Indian journal of veterinary science and animal husbandry - Volume 4,
Year: 1934
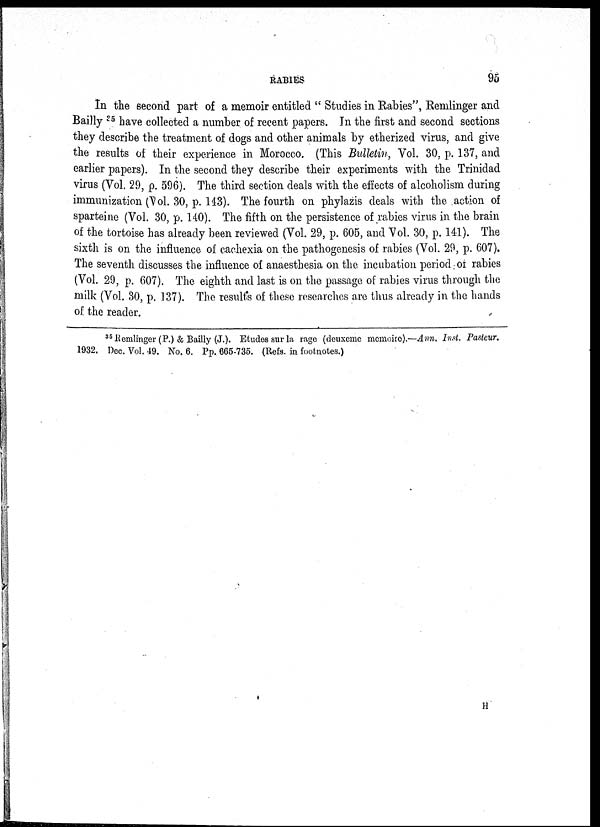
RABIES
95
In the second part of a memoir entitled " Studies in Rabies", Remlinger and
Bailly 25 have collected a number of recent papers. In the first and second sections
they describe the treatment of dogs and other animals by etherized virus, and give
the results of their experience in Morocco. (This Bulletin, Vol. 30. p. 137, and
earlier papers). In the second they describe their experiments with the Trinidad
virus (Vol. 29, p. 596). The third section deals with the effects of alcoholism during
immunization (Vol. 30, p. 143). The fourth on phylazis deals with the action of
sparteine (Vol. 30, p. 140). The fifth on the persistence of rabies virus in the brain
of the tortoise has already been reviewed (Vol. 29, p. 605, and Vol. 30, p. 141). The
sixth is on the influence of cachexia on the pathogenesis of rabies (Vol. 29, p. 607).
The seventh discusses the influence of anaesthesia on the incubation period or rabies
(Vol. 29, p. 607). The eighth and last is on the passage of rabies virus through the
milk (Vol. 30, p. 137). The results of these researches are thus already in the hands
of the reader.
35 Remlinger(P.) & Bailly (J.). Etudes sur la rage (deuxeme memoire).—Ann. Inst. Pasteur.
1932. Dec. Vol. 49. No. 6. Pp. 665-735. (Refs. in footnotes.)
H